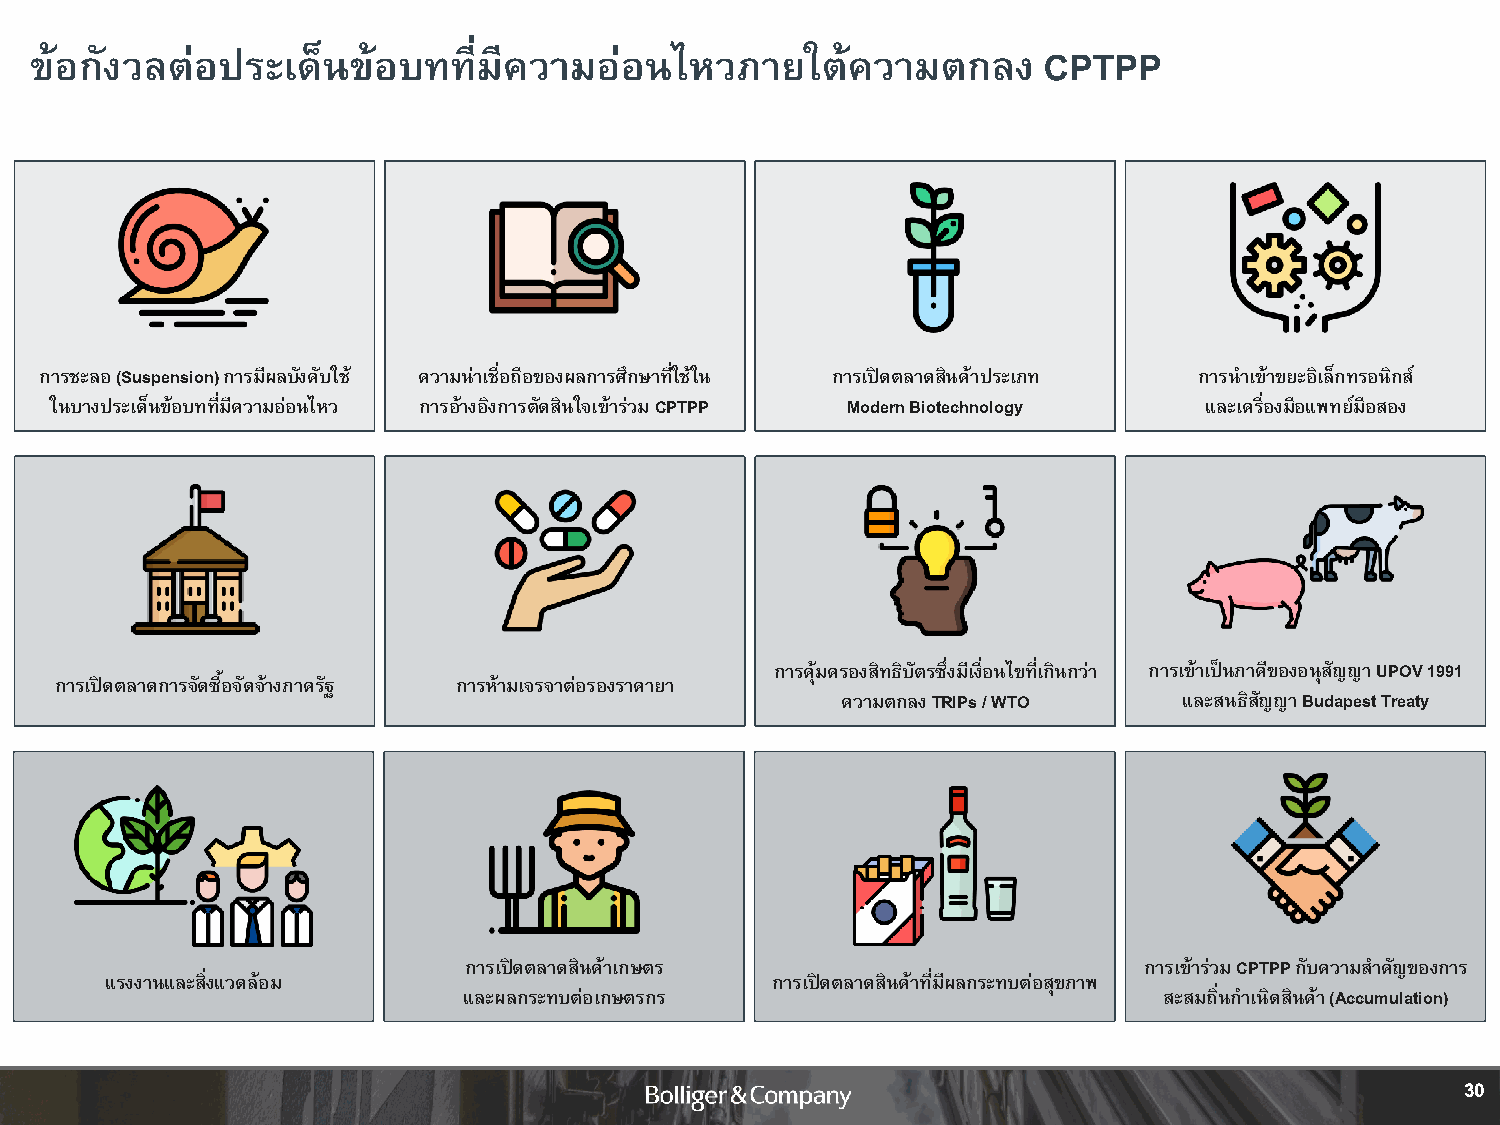
ข้อกังวลต่อประเด็นข้อบททมี่    ีความอ่อนไหวภายใตค้      วามตกลง    CPTPP
 การชะลอ(Suspension) การมีผลบังคับใช้ ความน่าเชื่อถือของผลการศึกษาที่ใช้ใน การเปิดตลาดสินค้าประเภท การน าเข้าขยะอิเล็กทรอนิกส์
 ในบางประเด็นข้อบทที่มีความอ่อนไหว การอ้างอิงการตัดสินใจเข้าร่วมCPTPP Modern Biotechnology และเครื่องมือแพทย์มือสอง
 การคุ้มครองสิทธิบัตรซึ่งมีเงื่อนไขที่เกินกว่า การเข้าเป็นภาคีของอนุสัญญา UPOV 1991
 การเปิดตลาดการจัดซื้อจัดจ้างภาครัฐ การห้ามเจรจาต่อรองราคายา
 ความตกลง TRIPs / WTO  และสนธิสัญญา Budapest Treaty
 การเปิดตลาดสินค้าเกษตร                       การเข้าร่วม CPTPP กับความส าคัญของการ
 แรงงานและสิ่งแวดล้อม                        การเปิดตลาดสินค้าที่มีผลกระทบต่อสุขภาพ
 และผลกระทบต่อเกษตรกร                          สะสมถิ่นก าเนิดสินค้า (Accumulation)
 30